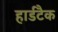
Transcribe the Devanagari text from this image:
हार्डटैक